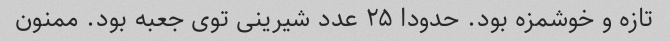
تازه و خوشمزه بود. حدودا ۲۵ عدد شیرینی توی جعبه بود. ممنون